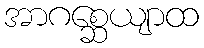
အာဂစ္ဆေယျာထ